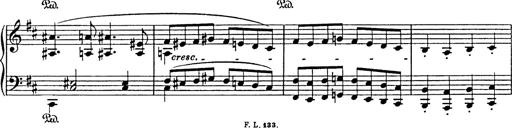
Title: Hungarian Rhapsody No.17
Composer: Franz Liszt
Key: D minor